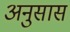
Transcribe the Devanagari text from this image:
अनुसास